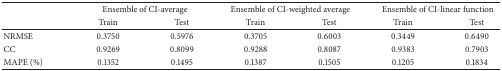
<table><thead><tr><td rowspan="2"><b> </b></td><td colspan="2"><b>Ensemble of CI-average</b></td><td colspan="2"><b>Ensemble of CI-weighted average </b></td><td colspan="2"><b>Ensemble of CI-linear function</b></td></tr><tr><td><b>Train </b></td><td><b>Test </b></td><td><b>Train </b></td><td><b>Test </b></td><td><b>Train </b></td><td><b>Test </b></td></tr></thead><tbody><tr><td>NRMSE</td><td>0.3750</td><td>0.5976</td><td>0.3705</td><td>0.6003</td><td>0.3449</td><td>0.6490</td></tr><tr><td>CC</td><td>0.9269</td><td>0.8099</td><td>0.9288</td><td>0.8087</td><td>0.9383</td><td>0.7903</td></tr><tr><td>MAPE (%)</td><td>0.1352</td><td>0.1495</td><td>0.1387</td><td>0.1505</td><td>0.1205</td><td>0.1834</td></tr></tbody></table>